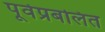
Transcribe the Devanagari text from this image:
पूर्वप्रबलित